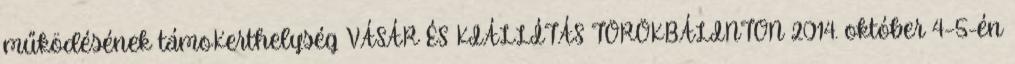
működésének támoKerthelység VÁSÁR ÉS KIÁLLÍTÁS TÖRÖKBÁLINTON 2014. október 4–5-én